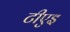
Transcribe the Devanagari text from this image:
टीएइ